Civil Veterinary Dept. North-West Frontier Province 1933-46 - 1933-1946
Year: 1933
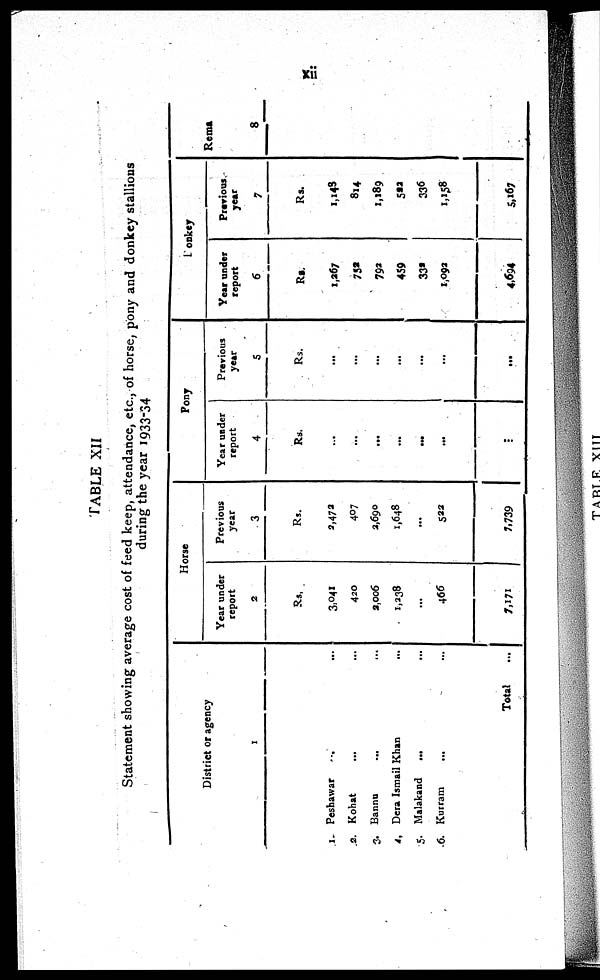
xii
TABLE XII
Statement showing average cost of feed keep, attendance, etc., of horse, pony and donkey stallions
during the year 1933-34
District or agency
1
1. Peshawar ... ...
2. Kohat ... ...
3. Bannu
... ...
4. Dera Ismail Khan ...
5. Malakand
... ...
6. Kurram ... ...
Total ...
Horse
Year under
report
2
Rs.
3,041
420
2,006
1,238
...
466
7,171
Previous
year
3
Rs.
2,472
407
2,690
1,648
...
522
7,739
Pony
Year under
report
4
Rs.
...
...
...
...
...
...
...
Previous
year
5
Rs.
...
...
...
...
...
...
...
Donkey
Year under
report
6
Rs.
1,267
752
792
459
332
1,092
4,694
Previous
year
7
Rs.
1,143
814
1,189
522
336
1,158
5,167
Remarks
8